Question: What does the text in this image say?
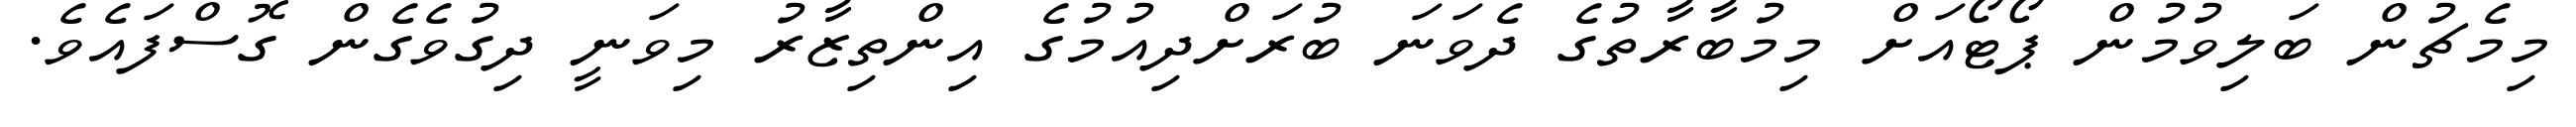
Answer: މިމެޗުން ބަލިވުމުން ޕޯޓޯއަށް މިމުބާރާތުގެ ދެވަނަ ބުރަށްދިއުމުގެ އިންތިޒާރު މިވަނީ ދިގުވެގެން ގޮސްފައެވެ.